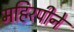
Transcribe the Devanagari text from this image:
महिरपीने